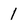
Character: l